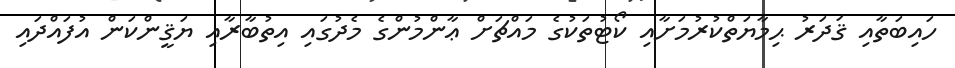
ހައިބަތާއި ޤަދަރު ޙިމާޔަތްކުރުމަށާއި ކޯޓުތަކުގެ މައްޗަށް ޢާންމުންގެ މެދުގައި އިތުބާރާއި ޔަޤީންކަން އުފައްދައި